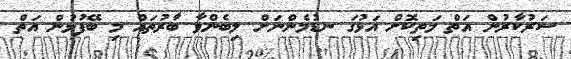
ސަރުކާރުން އަތް މަތިކޮށް އަޅުގަ ނޑުމެންނަށް ލިބެންވާ ބާރުތައް މި ބޭފުޅުން އަތް